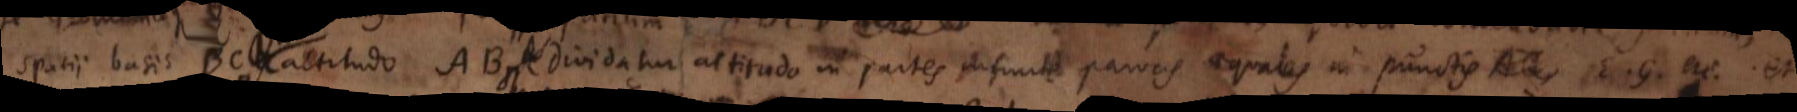
spatii basis BC altitudo AB ⊓ b. Dividatur altitudo in partes infinite parvas aequales in punctis E. G. etc. et